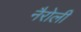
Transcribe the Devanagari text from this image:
नैरोली